Annual report of the Bengal Veterinary College and of the Civil Veterinary Department, Bengal, for the year 1919-20 - 1919-1920
Year: 1919
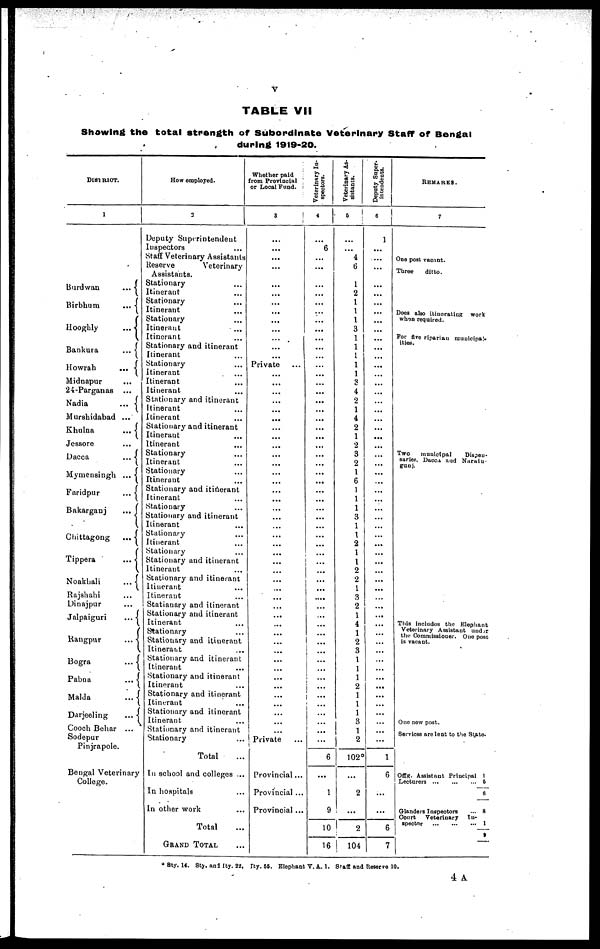
V
TABLE VII
Showing the total strength of Subordinate Veterinary Staff of Bengal
during 1919-20.
DISIRICT.
1
Burdwan ...
Birbhum ...
Hooghly ...
Bankura ...
Howrah ...
Midnapur ...
24-Parganas ...
Nadia ...
Murshidabad ...
Khulna ...
Jessore ...
Dacca ...
Mymensingh ...
Faridpur ...
Bakarganj ...
Chittagong ...
Tippera ...
Noakhali ...
Rajshahi ...
Dinajpur ...
Jalpaiguri ...
Rangpur
Bogra
Pabna
Malda
Darjeeling
Cooch Behar
Sodepur
Pinjrapole.
Bengal Veterinary
College.
...
...
...
...
...
...
...
...
...
...
...
...
...
...
...
...
...
...
...
...
...
...
...
...
...
...
...
nary
How employed.
3
Deputy Superintendent
Inspectors ...
Staff Veterinary Assistants
Reserve
Veterinary
Assistants.
Stationary ...
Itinerant ...
Stationary ...
Itinerant ...
Stationary ...
Itinerant ...
Itinerant ...
Stationary and itinerant
Itinerant ...
Stationary ...
Itinerant ...
Itinerant ...
Itinerant ...
Stationary and itinerant
Itinerant ...
Itinerant ...
Stationary and itinerant
Itinerant ...
Itinerant ...
Stationary ...
Itinerant ...
Stationary ...
Itinerant ...
Stationary and itinerant
Itinerant ...
Stationary ...
Stationary and itinerant
Itinerant ...
Stationary ...
Itinerant ...
Stationary ...
Stationary and itinerant
Itinerant ...
Stationary and itinerant
Itinerant ...
Itinerant ...
Statianary and itinerant
Stationary and itinerant
Itinerant ...
Stationary ...
Stationary and itinerant
Itinerant ...
Stationary and itinerant
Itinerant ...
Stationary and itinerant
Itinerant
Stationary and itinerant
Itinerant ...
Stationary and itinerant
Itinerant ...
Stationary and itinerant
Stationary ...
Total ...
In school and colleges ...
In hospitals
In other work
Total
GRAND TOTAL
Whether paid
rom Provincial
or Local Fund.
3
...
...
...
...
...
...
...
...
...
...
...
...
Private
...
...
...
...
...
...
...
...
...
...
...
...
...
...
...
...
...
...
...
...
...
...
...
...
...
...
...
...
...
...
...
...
...
...
...
...
...
...
...
Private ..
Provincial ...
Provincial ...
Provincial ...
Veterinary In-
spectors.
4
...
6
...
...
...
...
...
...
...
...
...
...
...
...
...
...
...
...
...
...
...
...
...
...
...
...
...
...
...
...
...
...
...
...
...
...
....
...
...
...
...
....
...
...
...
...
...
...
...
...
...
...
...
6
...
1
9
10
16
Veterinary As-
sistants.
5
...
...
4
6
1
2
1
1
1
3
1
1
1
1
1
3
4
2
1
4
2
1
2
3
2
1
6
1
1
1
3
1
1
2
1
1
2
2
1
3
2
1
4
1
2
3
1
1
1
2
1
1
1
3
1 2
102º
...
2
...
2
104
Deputy Super-
intendents.
6
1
...
...
...
...
...
...
...
...
...
...
...
...
...
...
...
...
...
...
...
...
...
...
...
...
...
...
...
...
...
...
...
...
...
...
...
...
...
...
...
...
...
...
...
...
...
...
...
...
...
...
...
...
...
...
1
6
...
...
6
7
REMARKS.
7
One post vacant.
Three
ditto.
Does also itincrating work
when required.
For five riparian municipal.
Two
municipal
Dispen-
saries, Dacca and Narain-
gunj.
This includes the Elephant
Veterinary Assistant under
the Commissioner. One post
is vacant.
One new post.
Services are lent to the State.
Offg. Assistant Principal 1
Lecturers ... ... ... 5
6
Glanders Inspectors
... 8
Court Veterinary In-
spector
...
...
...
1
9
* Sty. 14. Sty. and Ity. 22. Ity. 55. Elephant V. A. 1. Staff and Reserve 10.
4 A